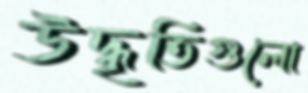
উদ্ধৃতিগুলো